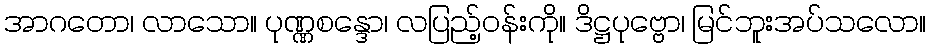
အာဂတော၊ လာသော။ ပုဏ္ဏစန္ဒော၊ လပြည့်ဝန်းကို။ ဒိဋ္ဌပုဗ္ဗော၊ မြင်ဘူးအပ်သလော။